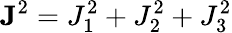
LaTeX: {\mathbf J}^{2}=J_{1}^{2}+J_{2}^{2}+J_{3}^{2}